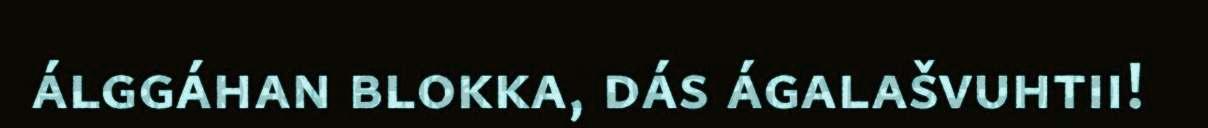
álggáhan blokka, dás ágalašvuhtii!